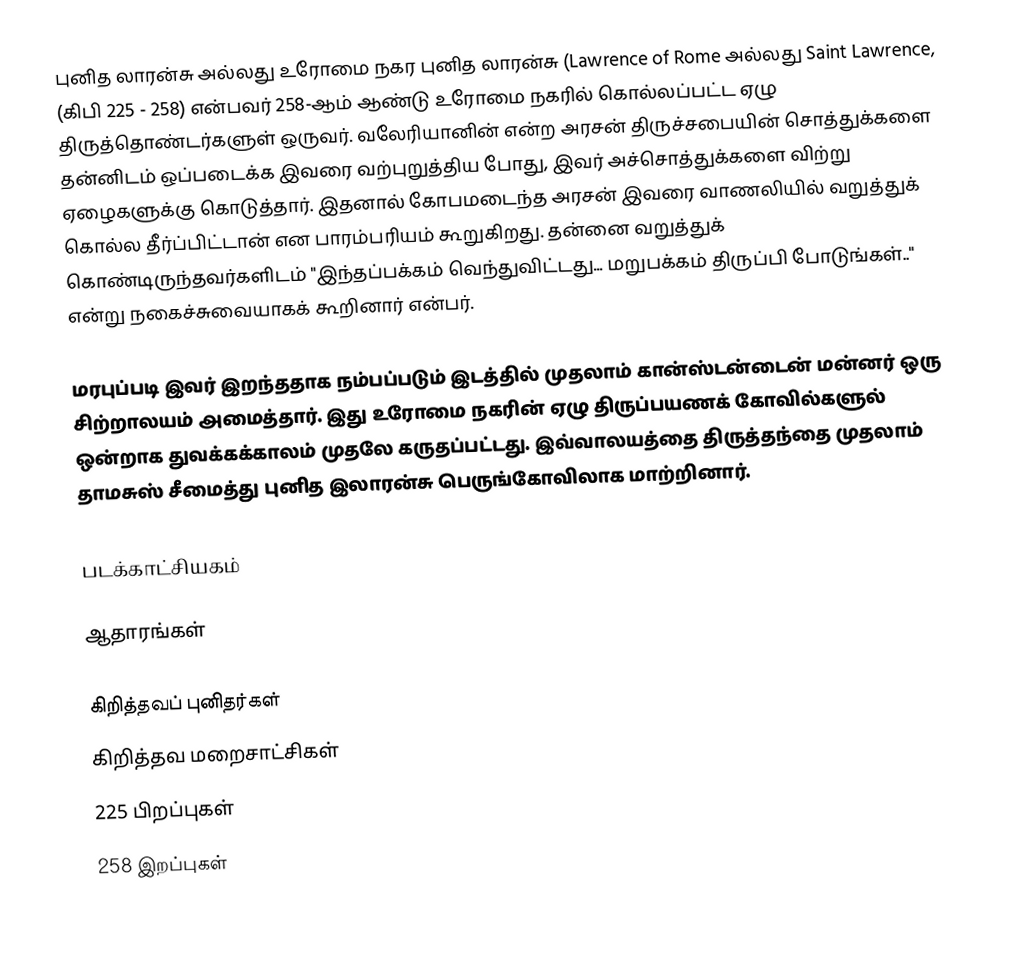
புனித லாரன்சு அல்லது உரோமை நகர புனித லாரன்சு (Lawrence of Rome அல்லது Saint Lawrence, (கிபி 225 - 258) என்பவர் 258-ஆம் ஆண்டு உரோமை நகரில் கொல்லப்பட்ட ஏழு திருத்தொண்டர்களுள் ஒருவர். வலேரியானின் என்ற அரசன் திருச்சபையின் சொத்துக்களை தன்னிடம் ஒப்படைக்க இவரை வற்புறுத்திய போது, இவர் அச்சொத்துக்களை விற்று ஏழைகளுக்கு கொடுத்தார். இதனால் கோபமடைந்த அரசன் இவரை வாணலியில் வறுத்துக் கொல்ல தீர்ப்பிட்டான் என பாரம்பரியம் கூறுகிறது. தன்னை வறுத்துக் கொண்டிருந்தவர்களிடம் "இந்தப்பக்கம் வெந்துவிட்டது... மறுபக்கம் திருப்பி போடுங்கள்.." என்று நகைச்சுவையாகக் கூறினார் என்பர்.

மரபுப்படி இவர் இறந்ததாக நம்பப்படும் இடத்தில் முதலாம் கான்ஸ்டன்டைன் மன்னர் ஒரு சிற்றாலயம் அமைத்தார். இது உரோமை நகரின் ஏழு திருப்பயணக் கோவில்களுல் ஒன்றாக துவக்கக்காலம் முதலே கருதப்பட்டது. இவ்வாலயத்தை  திருத்தந்தை முதலாம் தாமசுஸ் சீமைத்து புனித இலாரன்சு பெருங்கோவிலாக மாற்றினார்.

படக்காட்சியகம்

ஆதாரங்கள்

கிறித்தவப் புனிதர்கள்
கிறித்தவ மறைசாட்சிகள்
225 பிறப்புகள்
258 இறப்புகள்